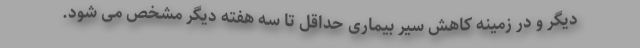
دیگر و در زمینه کاهش سیر بیماری حداقل تا سه هفته دیگر مشخص می شود.